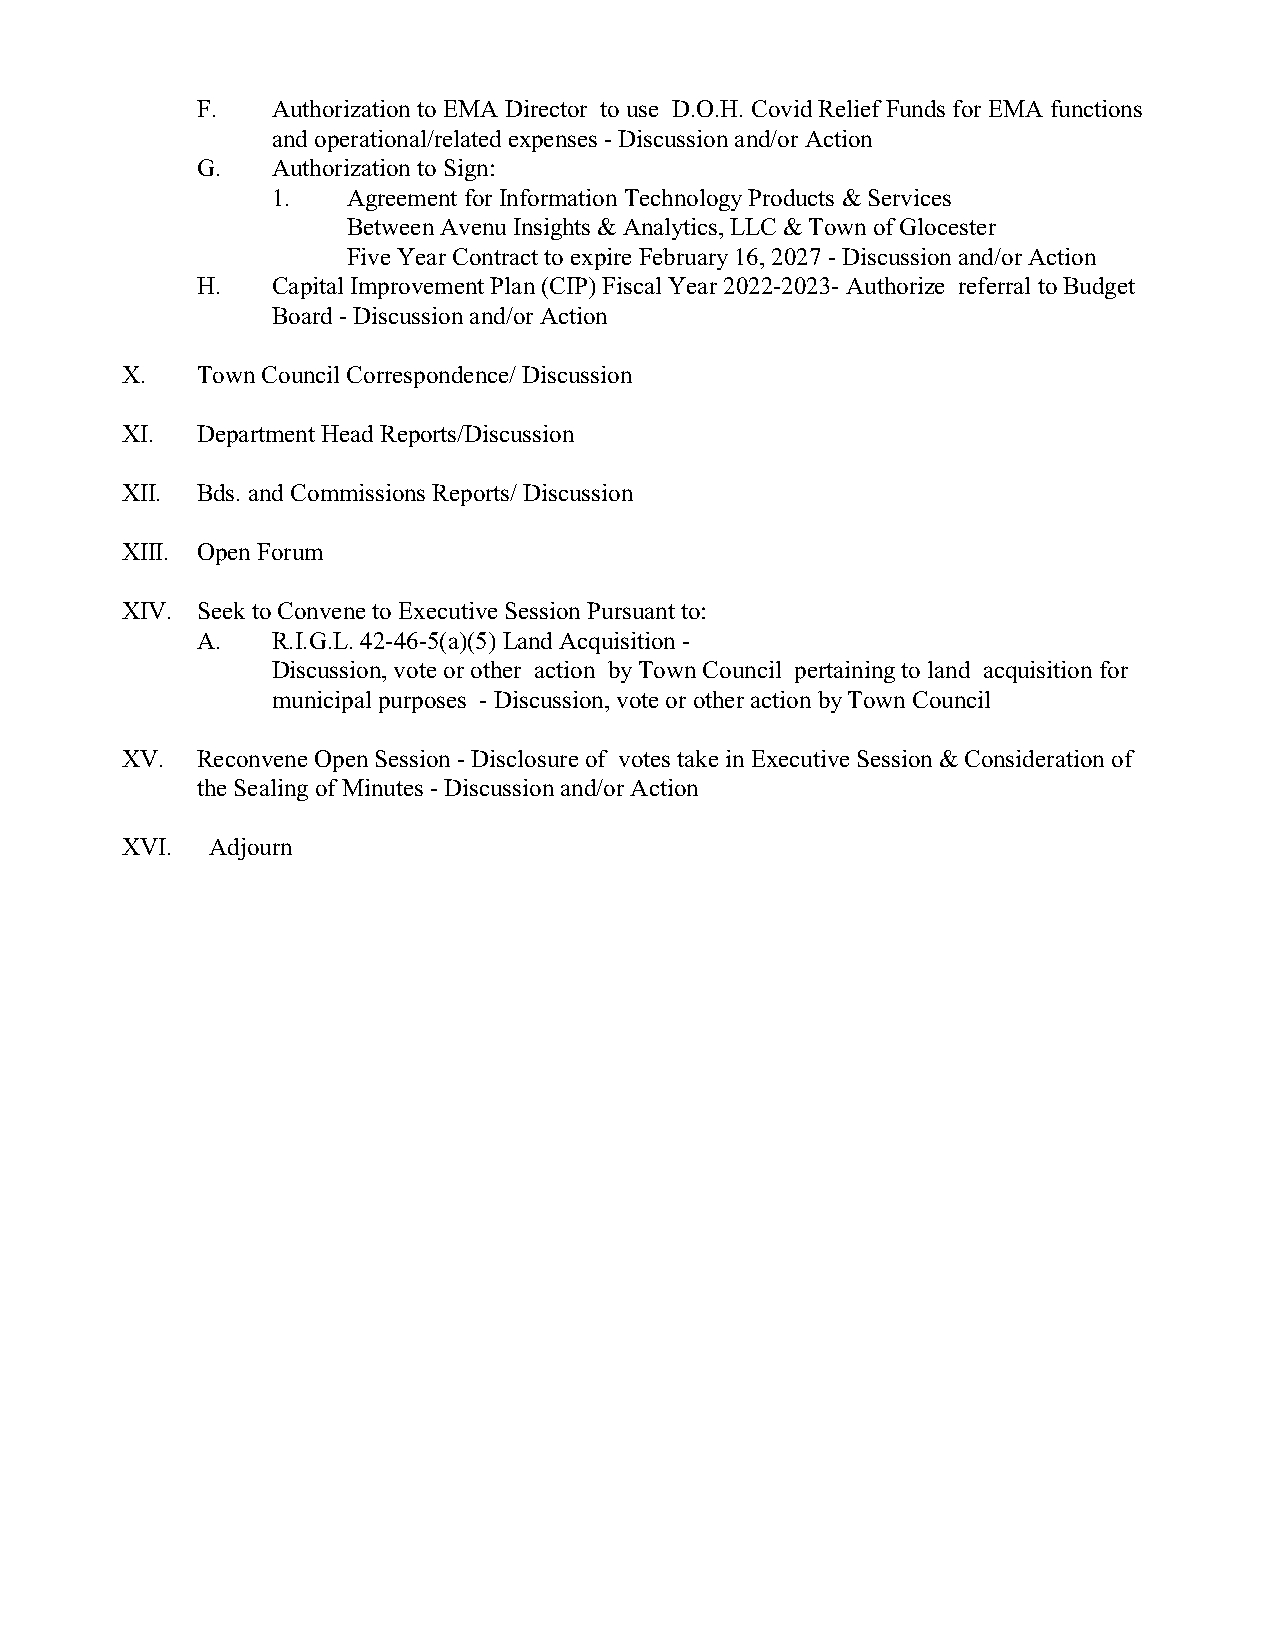
F.   Authorization to EMA Director to use D.O.H. Covid Relief Funds for EMA functions
 and operational/related expenses - Discussion and/or Action
 G.   Authorization to Sign:
 1.   Agreement for Information Technology Products & Services
 Between Avenu Insights & Analytics, LLC & Town of Glocester
 Five Year Contract to expire February 16, 2027 - Discussion and/or Action
 H.   Capital Improvement Plan (CIP) Fiscal Year 2022-2023- Authorize referral to Budget
 Board - Discussion and/or Action
 X.   Town Council Correspondence/ Discussion
 XI.  Department Head Reports/Discussion
 XII. Bds. and Commissions Reports/ Discussion
 XIII. Open Forum
 XIV. Seek to Convene to Executive Session Pursuant to:
 A.   R.I.G.L. 42-46-5(a)(5) Land Acquisition -
 Discussion, vote or other action by Town Council pertaining to land acquisition for
 municipal purposes - Discussion, vote or other action by Town Council
 XV.  Reconvene Open Session - Disclosure of votes take in Executive Session & Consideration of
 the Sealing of Minutes - Discussion and/or Action
 XVI.  Adjourn